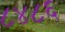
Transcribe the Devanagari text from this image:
८४८६